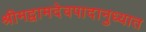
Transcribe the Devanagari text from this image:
श्रीमद्वामदेवपादानुध्यात